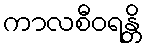
ကာလစီဝရန္တိ